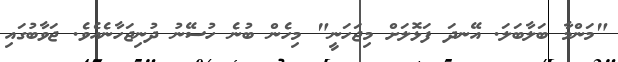
"މަންމާ ބަލާބަލަ. އޭނދަ ފަޅޮލަށް މިޖަހަނީ" މިހެން ބުނެ ހުސޭނު ދުނިޖަހާނެއެވެ. ޖަވާބުގައި